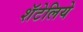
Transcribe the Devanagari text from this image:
शॅटेलिये